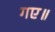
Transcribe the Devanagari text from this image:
गए॥